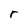
Character: r